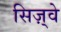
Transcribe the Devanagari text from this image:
सिज़्वे